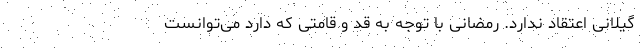
گیلانی اعتقاد ندارد. رمضانی با توجه به قد و قامتی که دارد می‌توانست